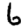
Digit: 6